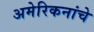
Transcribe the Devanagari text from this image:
अमेरिकनांचे